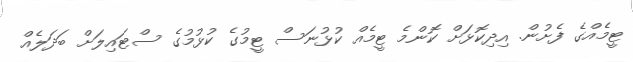
ޓީމެއްގެ ފެށުން. އިދިކޮޅަށް ކޮންމެ ޓީމެއް ކުޅުނަސް ޓީމުގެ ކުޅުމުގެ ސްޓައިލަށް ބަދަލެއް